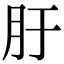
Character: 䏏